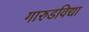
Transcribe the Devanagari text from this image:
गारुडविद्या